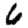
Digit: 6